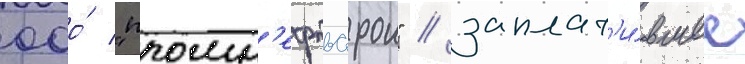
ооо́ "промн'ефтьстрои" / заплат'и́вшее